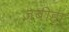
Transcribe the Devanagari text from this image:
ज़बीहा